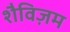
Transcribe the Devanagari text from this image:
शैविज़म